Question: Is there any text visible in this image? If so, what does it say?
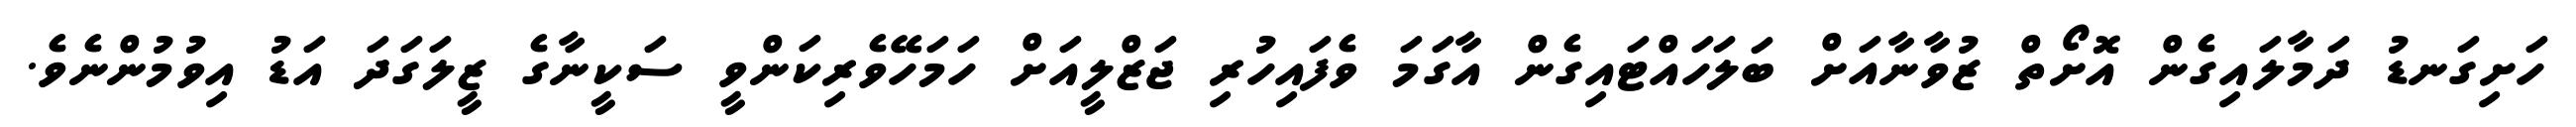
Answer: ހަށިގަނޑު ދަމާލައިގެން އޮށޯތް ޒުވާނާއަށް ބަލަހައްޓައިގެން އާގަމަ ވެފައިހުރި ޖަޒްލީއަށް ހަމަހޭވެރިކަންވީ ސަކީނާގެ ޒީލަގަދަ އަޑު އިވުމުންނެވެ.